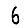
Digit: 6